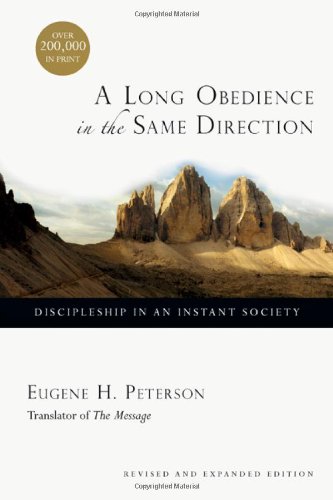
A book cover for A Long Obedience in the Same Direction: Discipleship in an Instant Society; Eugene H. Peterson; Christian Books & Bibles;